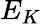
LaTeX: E_{K}